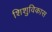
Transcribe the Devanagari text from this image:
शिशुविकास